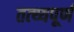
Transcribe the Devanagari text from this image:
तत्थ्यपूर्ण